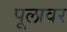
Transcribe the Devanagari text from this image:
पूलावर